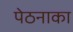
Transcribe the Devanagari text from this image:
पेठनाका